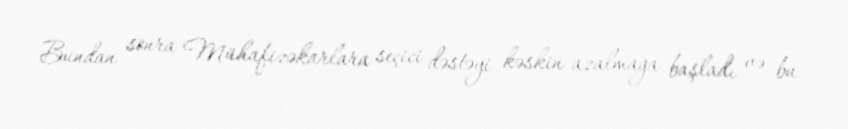
Bundan sonra Mühafizəkarlara seçici dəstəyi kəskin azalmağa başladı və bu